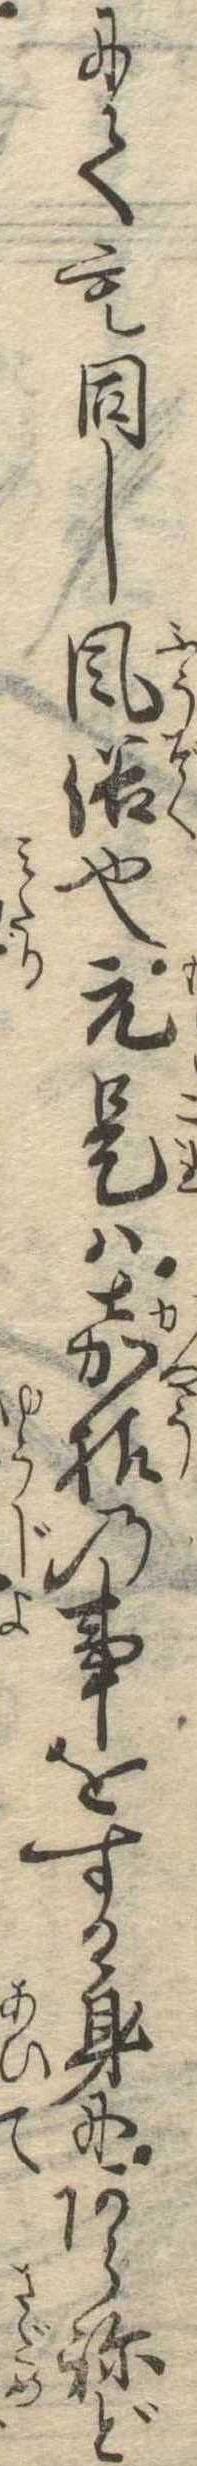
にても同し風俗也元是は嘉様の事をする身にあらねど